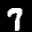
Label: 7